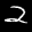
Label: 2